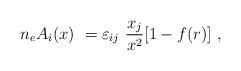
\begin{align*}n_eA_i(x)\ =\-\varepsilon_{ij}\ \frac{x_j}{x^2}[1-f(r)]\ ,\end{align*}